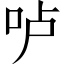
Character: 𠰷